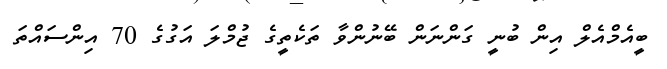
ބީއެމްއެލް އިން ބުނީ ގަންނަން ބޭނުންވާ ތަކެތީގެ ޖުމްލަ އަގުގެ 70 އިންސައްތަ